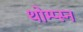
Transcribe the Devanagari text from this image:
थोम्प्स्न